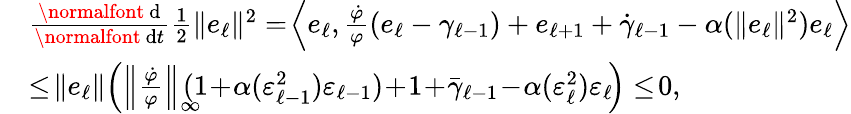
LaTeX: \begin{array}{rl}&{\frac{\mathrm{\normalfont~d}}{\mathrm{\normalfont~d}t}\frac{1}{2}\| e_{\ell}\| ^{2}=\! \left\langle e_{\ell},\frac{\dot{\varphi}}{\varphi}(e_{\ell}-\gamma_{\ell-1})+e_{\ell+1}+\dot{\gamma}_{\ell-1}-\alpha(\| e_{\ell}\| ^{2})e_{\ell}\right\rangle}\\ &{\le\! \| e_{\ell}\| \! \left(\left\| \frac{\dot{\varphi}}{\varphi}\right\| _{\infty}\! \! \! \! (1\! +\! \alpha(\varepsilon_{\ell-1}^{2})\varepsilon_{\ell-1})\! +\! 1\! +\! \bar{\gamma}_{\ell-1}\! -\! \alpha(\varepsilon_{\ell}^{2})\varepsilon_{\ell}\! \right)\le\! 0,}\end{array}